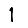
Digit: 1